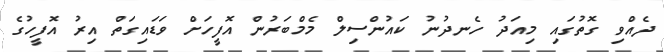
ދެއްވި ގޮތުގައި މިއަދު ހެނދުނު ކައުންސިލް މެމްބަރުން އޮފީހަށް ވަޑައިގަތް އިރު އޮފީހުގެ